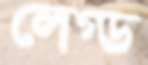
লেগ্ড